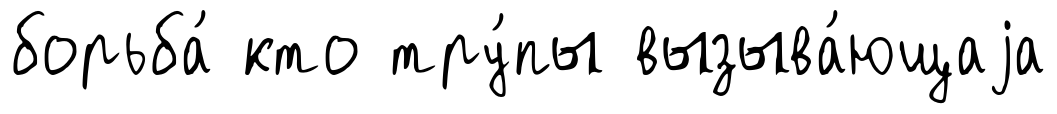
борьба́ кто тру́пы вызыва́ющаjа